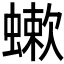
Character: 𧐁